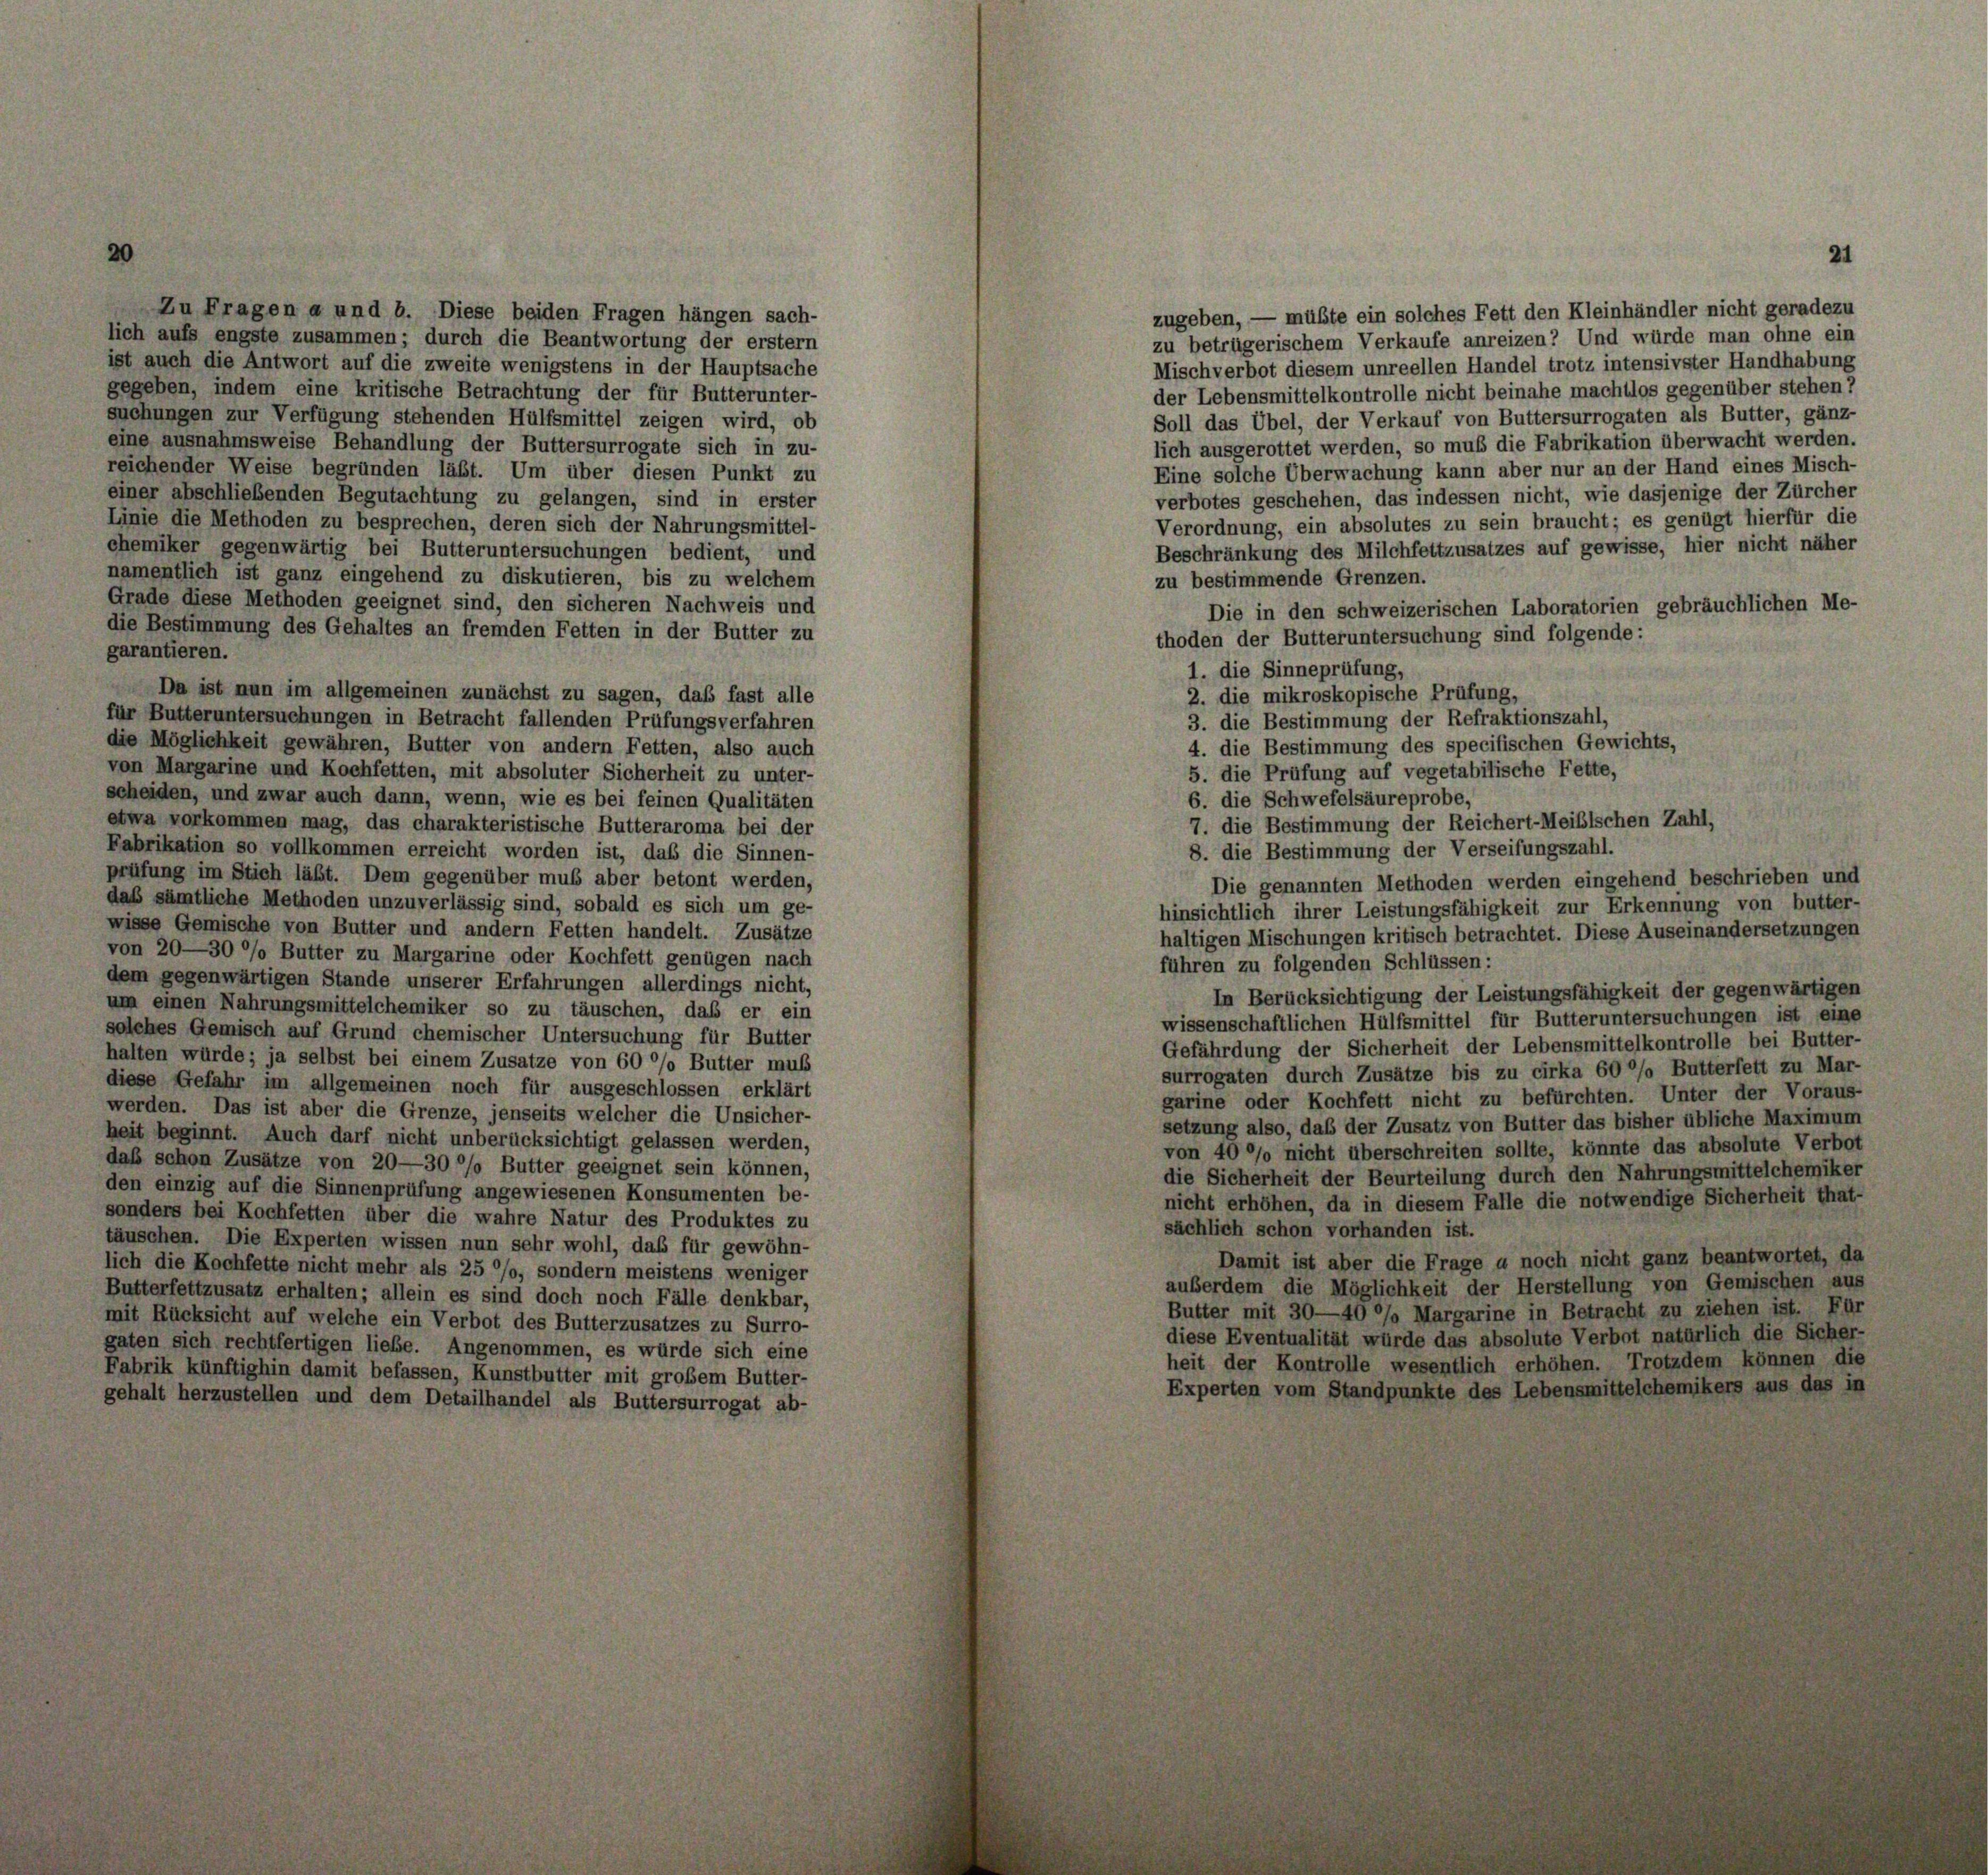
Zu Fragen a und b. Diese beiden Fragen hängen sach-
lich aufs engste zusammen; durch die Beantwortung der erstem
ist auch die Antwort auf die zweite wenigstens in der Hauptsache
gegeben, indem eine kritische Betrachtung der für Butterunter-
suchungen zur Verfügung stehenden Hülfsmittel zeigen wird, ob
eine ausnahmsweise Behandlung der Buttersurrogate sich in zu-
reichender Weise begründen läßt. Um über diesen Punkt zu
einer abschließenden Begutachtung zu gelangen, sind in erster
Linie die Methoden zu besprechen, deren sich der Nahrungsmittel-
chemiker gegenwärtig bei Butteruntersuchungen bedient, und
namentlich ist ganz eingehend zu diskutieren, bis zu welchem
Grade diese Methoden geeignet sind, den sicheren Nachweis und
die Bestimmung des Gehaltes an fremden Fetten in der Butter zu
garantieren.
Da ist nun im allgemeinen zunächst zu sagen, daß fast alle
für Butteruntersuchungen in Betracht fallenden Prüfungsverfahren
die Möglichkeit gewähren, Butter von andern Fetten, also auch
von Margarine und Kochfetten, mit absoluter Sicherheit zu unter-
scheiden, und zwar auch dann, wenn, wie es bei feinen Qualitäten
etwa vorkommen mag, das charakteristische Butteraroma bei der
Fabrikation so vollkommen erreicht worden ist, daß die Sinnen-
prüfung im Stich läßt. Dem gegenüber muß aber betont werden,
daß sämtliche Methoden unzuverlässig sind, sobald es sich um ge-
wisse Gemische von Butter und andern Fetten handelt. Zusätze
von 20—30 %% Butter zu Margarine oder Kochfett genügen nach
dem gegenwärtigen Stande unserer Erfahrungen allerdings nicht,
um einen Nahrungsmittelchemiker so zu täuschen, daß er ein
solches Gemisch auf Grund chemischer Untersuchung für Butter
halten würde; ja selbst bei einem Zusatze von 60 °/o Butter muß
diese Gefahr im allgemeinen noch für ausgeschlossen erklärt
werden. Das ist aber die Grenze, jenseits welcher die Unsicher-
heit beginnt. Auch darf nicht unberücksichtigt gelassen werden,
das schon Zusätze von 20—30 °/o Butter geeignet sein können,
den einzig auf die Sinnenprüfung angewiesenen Konsumenten be-
sonders bei Kochfetten über die wahre Natur des Produktes zu
täuschen. Die Experten wissen nun sehr wohl, daß für gewöhn-
lich die Kochfette nicht mehr als 25 °/o, sondern meistens weniger
Butterfettzusatz erhalten; allein es sind doch noch Fälle denkbar,
mit Rücksicht auf welche ein Verbot des Butterzusatzes zu Surro-
gaten sich rechtfertigen liebe. Angenommen, es würde sich eine
Fabrik künftighin damit befassen, Kunstbutter mit großem Butter-
gehalt herzustellen und dem Detailhandel als Buttersurrogat ab-

zu bestimmende Grenzen.
thoden der Butteruntersuchung sind folgende:
1. die Sinneprüfung,
2. die mikroskopische Prüfung,
3. die Bestimmung der Refraktionszahl,
4. die Bestimmung des specifischen Gewichts,

21

zugeben, — müßte ein solches Fett den Kleinhändler nicht geradezu
zu betrügerischem Verkaufe anreizen? Und würde man ohne ein
Misch verbot diesem unreellen Handel trotz intensivster Handhabung
der Lebensmittelkontrolle nicht beinahe machtlos gegenüber stehen?
Soll das Übel, der Verkauf von Buttersurrogaten als Butter, gänz-
lich ausgerottet werden, so muß die Fabrikation überwacht werden.
Eine solche Überwachung kann aber nur an der Hand eines Misch-
verbotes geschehen, das indessen nicht, wie dasjenige der Zürcher
Verordnung, ein absolutes zu sein braucht; es genügt hierfür die
Beschränkung des Milchfettzusatzes auf gewisse, hier nicht näher
Die in den schweizerischen Laboratorien gebräuchlichen Me-
5. die Prüfung auf vegetabilische Fette,
6. die Schwefelsäureprobe,
7. die Bestimmung der Reichert-Meibischen Zahl,
8. die Bestimmung der Verseifungszahl.
Die genannten Methoden werden eingehend beschrieben und
hinsichtlich ihrer Leistungsfähigkeit zur Erkennung von butter-
haltigen Mischungen kritisch betrachtet. Diese Auseinandersetzungen
führen zu folgenden Schlüssen:
In Berücksichtigung der Leistungsfähigkeit der gegenwärtigen
wissenschaftlichen Hülfsmittel für Butteruntersuchungen ist eine
Gefährdung der Sicherheit der Lebensmittelkontrolle bei Butter-
surrogaten durch Zusätze bis zu cirka 60 °/o Butterfett zu Mar-
garine oder Kochfett nicht zu befürchten. Unter der Voraus-
setzung also, das der Zusatz von Butter das bisher übliche Maximum
von 40 °/o nicht überschreiten sollte, könnte das absolute Verbot
die Sicherheit der Beurteilung durch den Nahrungsmittelchemiker
nicht erhöhen, da in diesem Falle die notwendige Sicherheit that-
sächlich schon vorhanden ist.
Damit ist aber die Frage a noch nicht ganz beantwortet, da
außerdem die Möglichkeit der Herstellung von Gemischen aus
Butter mit 30—40 %% Margarine in Betracht zu ziehen ist. Für
diese Eventualität würde das absolute Verbot natürlich die Sicher-
heit der Kontrolle wesentlich erhöhen. Trotzdem können die
Experten vom Standpunkte des Lebensmittelchemikers aus das in